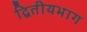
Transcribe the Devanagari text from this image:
द्वितीयभाग